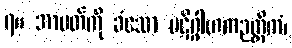
၇။ အာပတ်ကို ခံသော ပဋိဂ္ဂါဟကဉတ္တိကံ၊